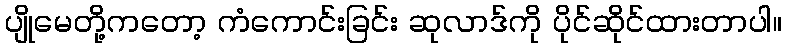
ပျိုမေတို့ကတော့ ကံကောင်းခြင်း ဆုလာဒ်ကို ပိုင်ဆိုင်ထားတာပါ။